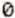
0